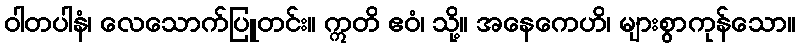
ဝါတပါနံ၊ လေသောက်ပြူတင်း။ ဣတိ ဧဝံ၊ သို့။ အနေကေဟိ၊ များစွာကုန်သော။